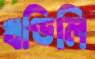
খণ্ডিলি